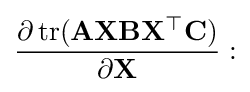
{\frac {\partial \operatorname {tr} (\mathbf {AXBX^{\top }C} )}{\partial \mathbf {X} }}: